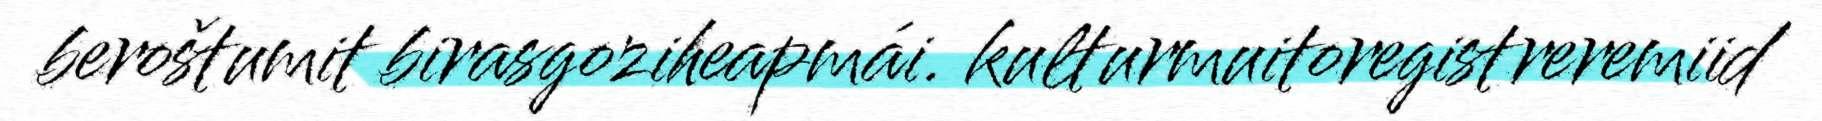
beroštumit birasgoziheapmái. kulturmuitoregistreremiid